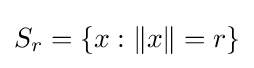
S_{r}=\{x:\|x\|=r\}